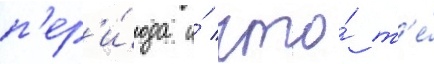
п'ер'и́ода и́ что́ т'е́